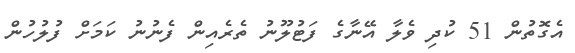
އެގޮތުން 51 ކުދި ވެލާ އޭނާގެ ފަޓުލޫނު ތެރެއިން ފެނުނު ކަމަށް ފުލުހުން